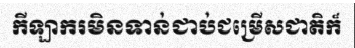
កីឡាករមិនទាន់ជាប់ជម្រើសជាតិក៏